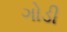
ગોડી